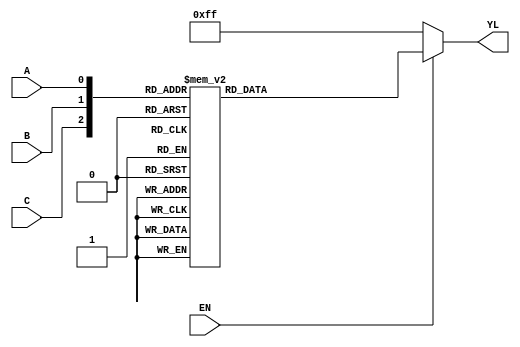
module decoder3x8(output reg [7:0] YL, input EN, C, B ,A);
    always @(*) 
    begin
        if(EN)
            case({C, B, A})
                0:  YL = 8'b1111_1110;
                1:  YL = 8'b1111_1101;
                2:  YL = 8'b1111_1011;
                3:  YL = 8'b1111_0111;
                4:  YL = 8'b1110_1111;
                5:  YL = 8'b1101_1111;
                6:  YL = 8'b1011_1111;
                7:  YL = 8'b0111_1111;
                default:    YL = 8'HFF;
            endcase
        else
            YL = 8'b1111_1111;
    end
endmodule